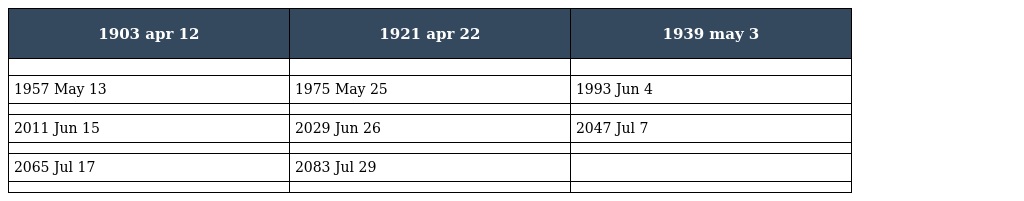
| 1903 apr 12 | 1921 apr 22 | 1939 may 3 |
 | --- | --- | --- |
 |  |  |  |
 | 1957 May 13 | 1975 May 25 | 1993 Jun 4 |
 |  |  |  |
 | 2011 Jun 15 | 2029 Jun 26 | 2047 Jul 7 |
 |  |  |  |
 | 2065 Jul 17 | 2083 Jul 29 |  |
 |  |  |  |